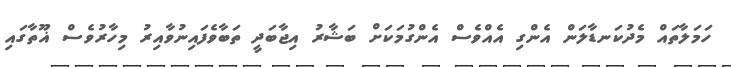
ހަމަލާތައް މެދުކަނޑާލަން އެންގި އެއްވެސް އެންގުމަކަށް ބަޝާރު އިޖާބަދީ ތަބާވެފައިނުވާއިރު މިހާރުވެސް ޣޫތާގައި